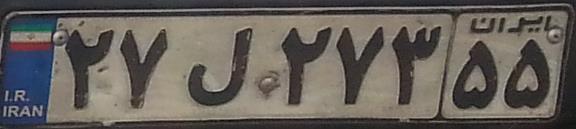
۲۷ل۲۷۳۵۵